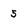
Character: 5